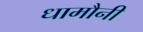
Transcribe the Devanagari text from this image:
धामौनी